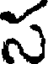
స